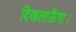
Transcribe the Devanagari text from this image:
दिखलाऊँगा।